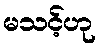
မသင့်ဟု